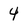
Character: 4